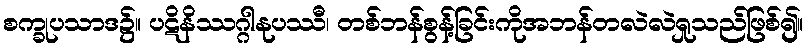
စက္ခုပသာဒ၌။ ပဋိနိဿဂ္ဂါနုပဿီ၊ တစ်ဘန်စွန့်ခြင်းကိုအဘန်တလဲလဲရှုသည်ဖြစ်၍။